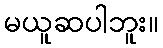
မယူဆပါဘူး။